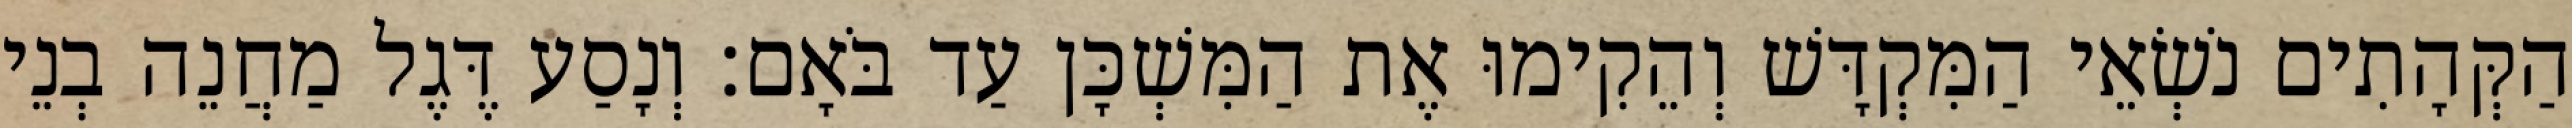
הַקְּהָתִים נֹשְׂאֵי הַמִּקְדָּשׁ וְהֵקִימוּ אֶת הַמִּשְׁכָּן עַד בֹּאָם׃ וְנָסַע דֶּגֶל מַחֲנֵה בְנֵי